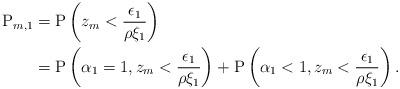
LaTeX: \begin{align*}\mathrm{P}_{m,1} &= \mathrm{P}\left( z_m<\frac{\epsilon_1}{\rho\xi_1} \right)\\ &=\mathrm{P}\left( \alpha_1=1, z_m<\frac{\epsilon_1}{\rho\xi_1} \right)+\mathrm{P}\left( \alpha_1<1, z_m<\frac{\epsilon_1}{\rho\xi_1} \right).\end{align*}